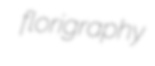
florigraphy